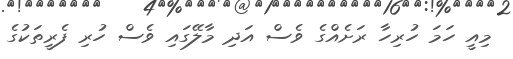
މިއީ ހަމަ ހުރިހާ ރަށެއްގެ ވެސް އަދި މާލޭގައި ވެސް ހުރި ފެރީތަކުގެ